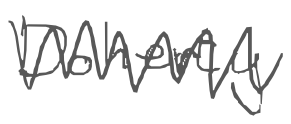
Text: Doherty
Cross-out: zig-zag
Writing tool: digital_gray